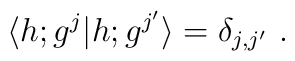
\langle h;g^j\vert h;g^{j^\prime} \rangle=\delta_{j,j^\prime}{}~.